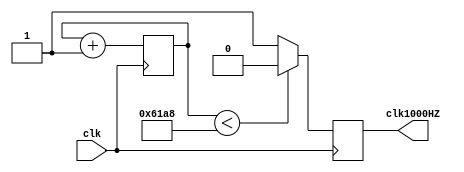
module clk1000HZ( 
    input  clk,
    output clk1000HZ    
);    
reg clk_cnt;
reg clk_div1000;
always@(posedge clk )//50000000/N 1SNdian
		 begin
				clk_cnt<=clk_cnt+1;			  
				if(clk_cnt==(50000000/1000)) clk_cnt<=0;                
                if(clk_cnt<(50000000/2000)) clk_div1000<=0;//600				
				else clk_div1000<=1;
		end				
assign clk1000HZ = clk_div1000; 
endmodule